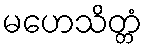
မဟေသိတ္တံ